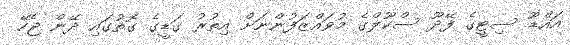
އައްޑޫ ސިޓީގެ ފޭދޫ ސްކޫލްގެ މުވައްޒަފުންނަށް އިތުރު ގަޑީގެ ގޮތުގައި ދޭން ޖެހޭ